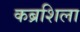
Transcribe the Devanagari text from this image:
कब्रशिला